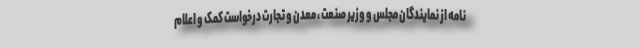
نامه از نمایندگان مجلس و وزیر صنعت ، معدن و تجارت درخواست کمک و اعلام